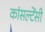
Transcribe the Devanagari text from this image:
कांसल्टेंसी